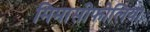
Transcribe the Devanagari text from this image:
मिमासीफोलिया